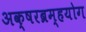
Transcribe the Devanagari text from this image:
अक्षरब्रम्हयोग